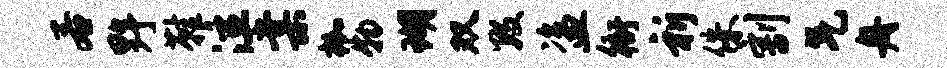
若野鞋泣棠枷物瑚双数盗衙祈侏割气舟